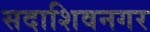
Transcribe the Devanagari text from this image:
सदाशिवनगर